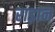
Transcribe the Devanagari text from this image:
राड़ान